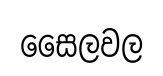
සෛලවල